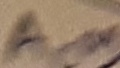
Text: ACM